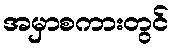
အမှာစကားတွင်